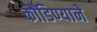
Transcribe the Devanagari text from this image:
कौंडिण्याने